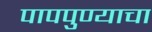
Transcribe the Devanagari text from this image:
पापपुण्याचा